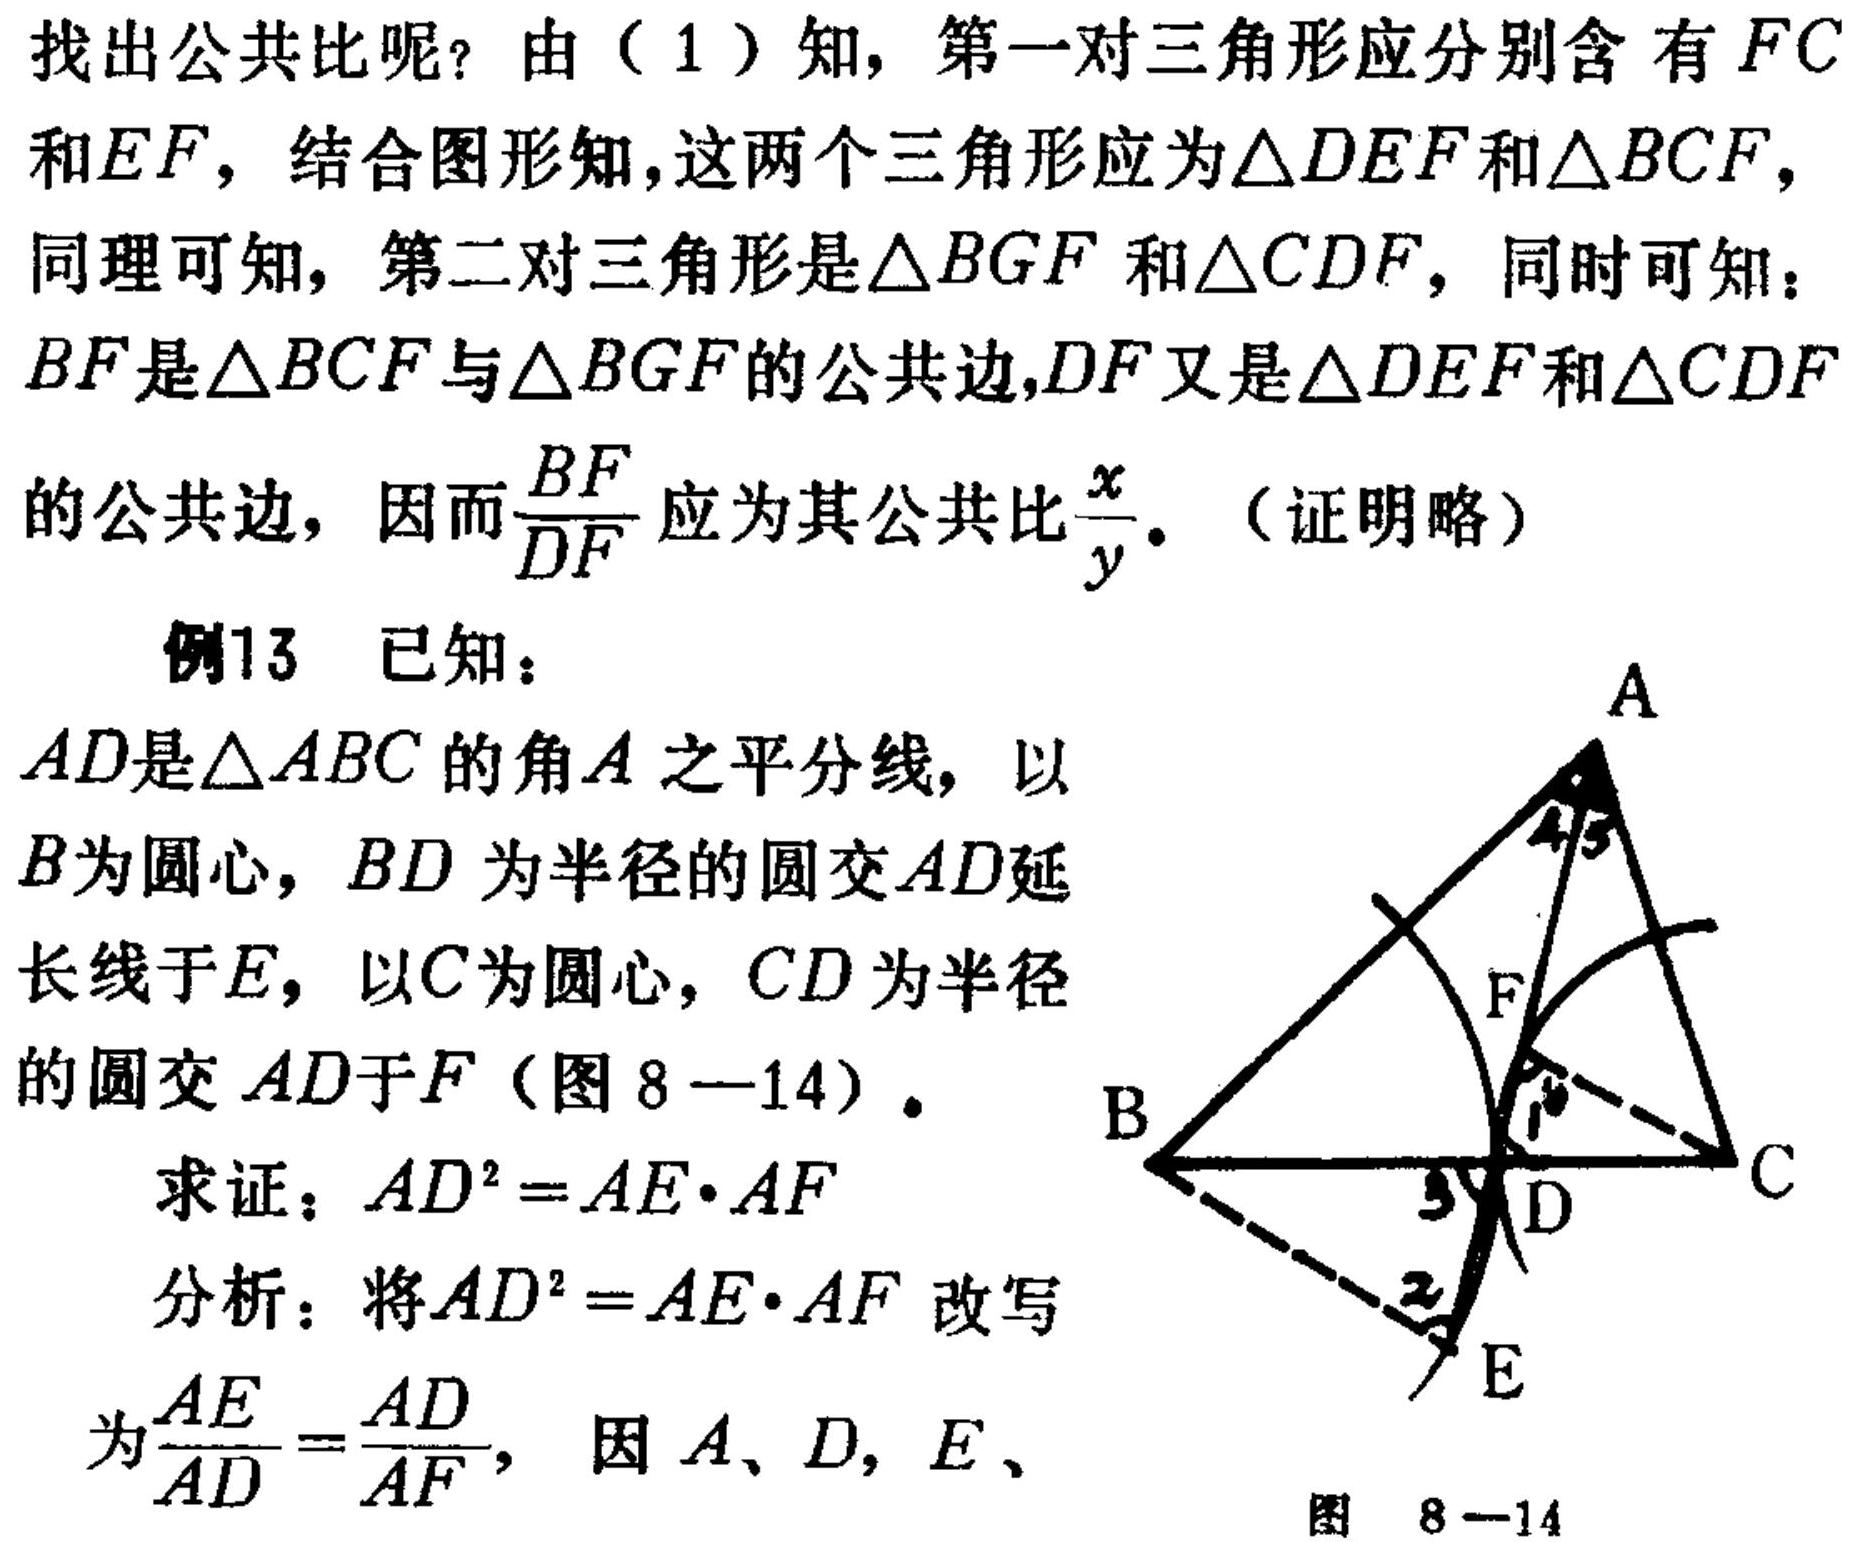
找出公共比呢？由（1）知，第一对三角形应分别含有\(FC\)和\(EF\)，结合图形知，这两个三角形应为\(\triangle DEF\)和\(\triangle BCF\)，同理可知，第二对三角形是\(\triangle BGF\)和\(\triangle CDF\)，同时可知：\(BF\)是\(\triangle BCF\)与\(\triangle BGF\)的公共边，\(DF\)又是\(\triangle DEF\)和\(\triangle CDF\)的公共边，因而\(\frac{BF}{DF}\)应为其公共比\(\frac{x}{y}\)。（证明略）
例13 已知：\(AD\)是\(\triangle ABC\)的角\(A\)之平分线，以\(B\)为圆心，\(BD\)为半径的圆交\(AD\)延长线于\(E\)，以\(C\)为圆心，\(CD\)为半径的圆交\(AD\)于\(F\)（图8—14）。
求证：\(AD^{2}=AE\cdot AF\)
分析：将\(AD^{2}=AE\cdot AF\)改写为\(\frac{AE}{AD}=\frac{AD}{AF}\)，因\(A、D,E、\)
图 8—14